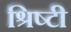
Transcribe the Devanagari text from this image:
श्रिष्टी